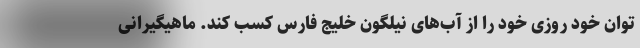
توان خود روزی خود را از آب‌های نیلگون خلیج فارس کسب کند. ماهیگیرانی